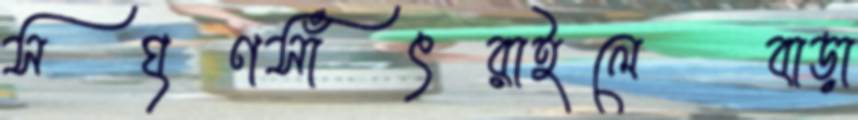
সঘৃণসাঁৎরাইলেবাড়া